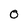
Character: 0